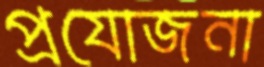
প্রযোজনা